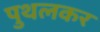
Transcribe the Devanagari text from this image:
पुथलकर